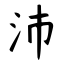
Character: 沛